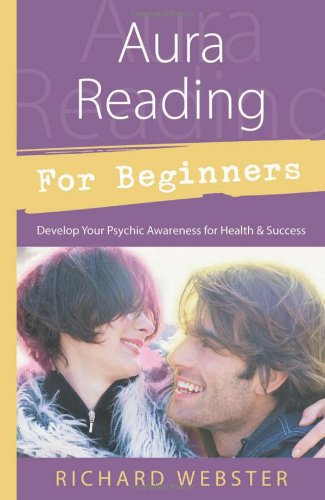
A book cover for Aura Reading for Beginners: Develop Your Psychic Awareness for Health & Success (For Beginners (Llewellyn's)); Richard Webster; Religion & Spirituality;